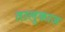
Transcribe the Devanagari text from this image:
तालुकाज